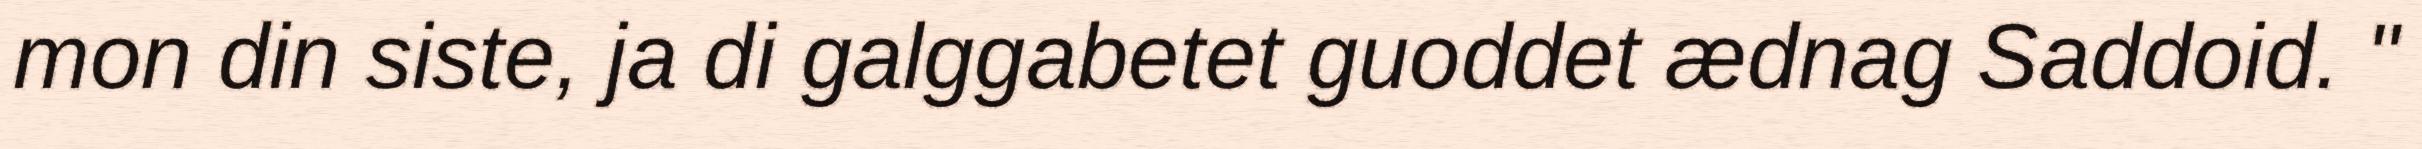
mon din siste, ja di galggabetet guoddet ædnag Saddoid. "